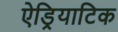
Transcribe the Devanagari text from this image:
ऐड्रियाटिक